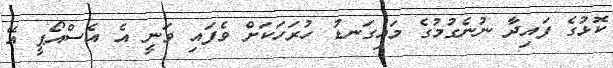
ކޮޅުގެ ފައިދާ ނުނެގުމުގެ މައިގަނޑު ހުރަހަކަށް ވެފައި ވަނީ އެ އެސްއޯޕީ އޭ